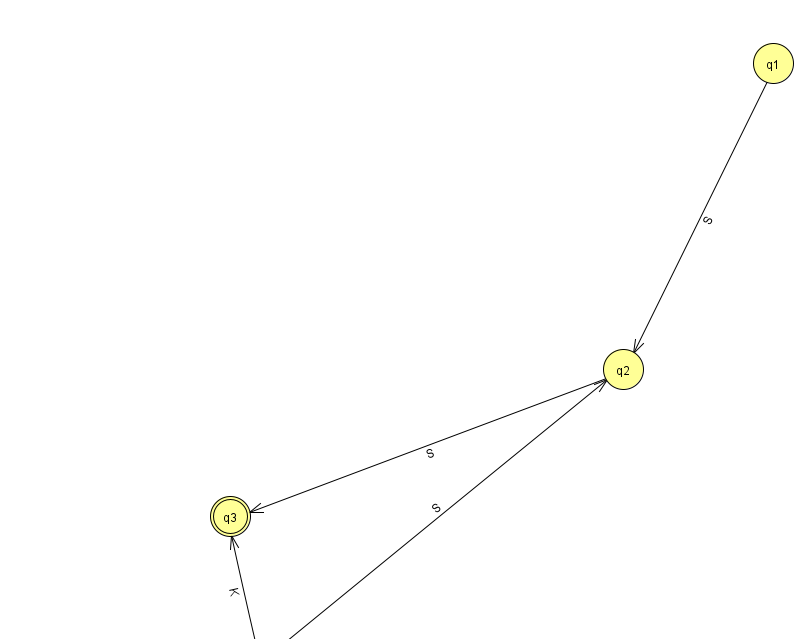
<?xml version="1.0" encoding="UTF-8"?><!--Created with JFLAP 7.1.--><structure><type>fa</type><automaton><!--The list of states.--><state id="0" name="q0"><x>262.0</x><y>651.0</y><initial/></state><state id="1" name="q1"><x>773.0</x><y>50.0</y></state><state id="2" name="q2"><x>623.0</x><y>356.0</y></state><state id="3" name="q3"><x>230.0</x><y>503.0</y><final/></state><!--The list of transitions.--><transition><from>2</from><to>3</to><read>S</read></transition><transition><from>0</from><to>3</to><read>K</read></transition><transition><from>0</from><to>2</to><read>S</read></transition><transition><from>1</from><to>2</to><read>S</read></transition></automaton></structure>